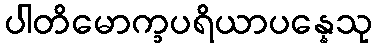
ပါတိမောက္ခပရိယာပန္နေသု